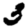
Digit: 3